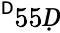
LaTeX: ^\mathsf{Ḋ}55Ḍ